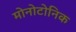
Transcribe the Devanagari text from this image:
मोनोटोनिक